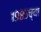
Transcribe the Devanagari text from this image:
१९८५च्या